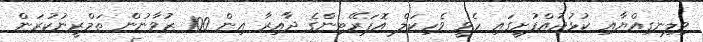
ވިލިނގިއްޔާއި ކުޅުދުއްފުށީގައި ހެވީ ވެހިކަލް އޮޕަރޭޓިންގެ ދާއިރާ އިން 100 ޒުވާނުން ތަމްރީނުކުރަން